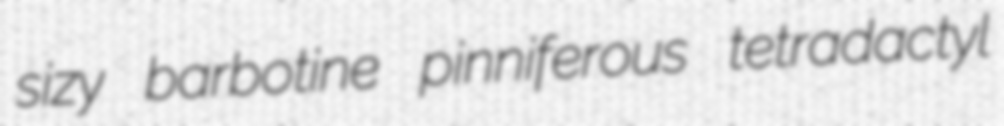
sizy barbotine pinniferous tetradactyl